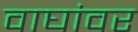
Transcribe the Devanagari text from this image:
वाघांवर